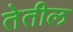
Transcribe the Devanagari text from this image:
तेतील